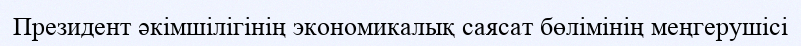
Президент әкімшілігінің экономикалық саясат бөлімінің меңгерушісі